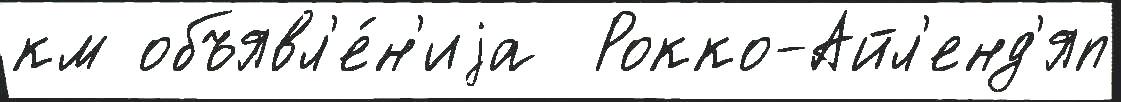
км объявл'е́н'иjа  Рокко-Айл'енд'яп